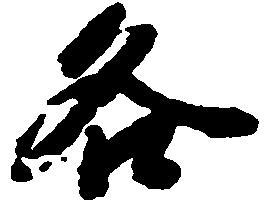
各